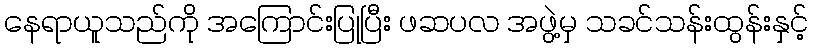
နေရာယူသည်ကို အကြောင်းပြုပြီး ဖဆပလ အဖွဲ့မှ သခင်သန်းထွန်းနှင့်